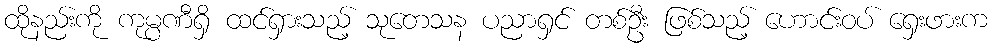
ထိုနည်းကို ကုမ္ပဏီရှိ ထင်ရှားသည့် သုတေသန ပညာရှင် တစ်ဦး ဖြစ်သည့် ဟောင်းဝပ် ရှေးဖားက